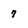
Character: 7